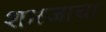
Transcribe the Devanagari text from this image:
शारजाचा